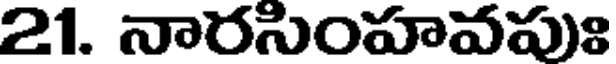
21. నారసింహవపుః